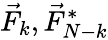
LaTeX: \vec{F}_{k},\vec{F}_{N-k}^{*}